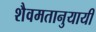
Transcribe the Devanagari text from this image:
शैवमतानुयायी